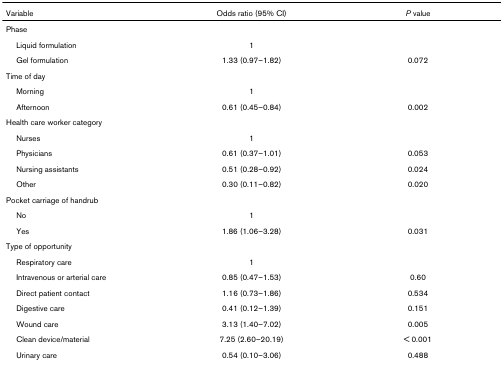
<table><thead><tr><td><b>Variable</b></td><td><b>Odds ratio (95% CI)</b></td><td><b><i>P </i>value</b></td></tr></thead><tbody><tr><td>Phase</td><td></td><td></td></tr><tr><td> Liquid formulation</td><td>1</td><td></td></tr><tr><td> Gel formulation</td><td>1.33 (0.97–1.82)</td><td>0.072</td></tr><tr><td>Time of day</td><td></td><td></td></tr><tr><td> Morning</td><td>1</td><td></td></tr><tr><td> Afternoon</td><td>0.61 (0.45–0.84)</td><td>0.002</td></tr><tr><td>Health care worker category</td><td></td><td></td></tr><tr><td> Nurses</td><td>1</td><td></td></tr><tr><td> Physicians</td><td>0.61 (0.37–1.01)</td><td>0.053</td></tr><tr><td> Nursing assistants</td><td>0.51 (0.28–0.92)</td><td>0.024</td></tr><tr><td> Other</td><td>0.30 (0.11–0.82)</td><td>0.020</td></tr><tr><td>Pocket carriage of handrub</td><td></td><td></td></tr><tr><td> No</td><td>1</td><td></td></tr><tr><td> Yes</td><td>1.86 (1.06–3.28)</td><td>0.031</td></tr><tr><td>Type of opportunity</td><td></td><td></td></tr><tr><td> Respiratory care</td><td>1</td><td></td></tr><tr><td> Intravenous or arterial care</td><td>0.85 (0.47–1.53)</td><td>0.60</td></tr><tr><td> Direct patient contact</td><td>1.16 (0.73–1.86)</td><td>0.534</td></tr><tr><td> Digestive care</td><td>0.41 (0.12–1.39)</td><td>0.151</td></tr><tr><td> Wound care</td><td>3.13 (1.40–7.02)</td><td>0.005</td></tr><tr><td> Clean device/material</td><td>7.25 (2.60–20.19)</td><td>&lt; 0.001</td></tr><tr><td> Urinary care</td><td>0.54 (0.10–3.06)</td><td>0.488</td></tr></tbody></table>